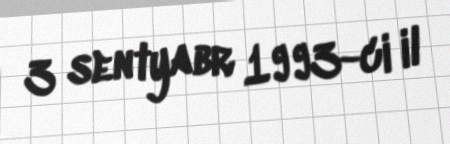
3 sentyabr 1993-ci il